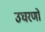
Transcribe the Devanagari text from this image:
उघरणों